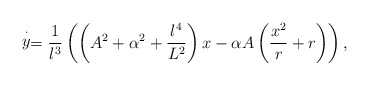
\begin{align*}\stackrel{\cdot}{y}=\frac{1}{l^3}\left(\left(A^2+\alpha^2+\frac{l^4}{L^2}\right)x-\alpha A\left(\frac{x^2}{r}+r\right)\right),\end{align*}